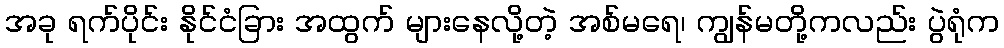
အခု ရက်ပိုင်း နိုင်ငံခြား အထွက် များနေလို့တဲ့ အစ်မရေ၊ ကျွန်မတို့ကလည်း ပွဲရုံက